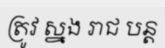
ត្រូវ ស្នង រាជ បន្ត